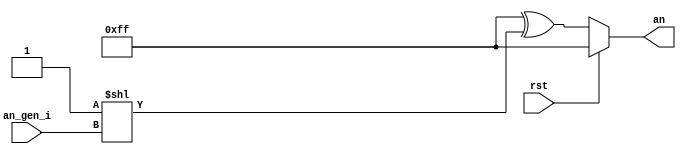
/**
 * @Author: German Cano Quiveu <germancq>
 * @Date:   2019-03-01T14:05:10+01:00
 * @Email:  germancq@dte.us.es
 * @Filename: an_gen.v
 * @Last modified by:   germancq
 * @Last modified time: 2019-03-01T17:24:48+01:00
 */
module an_gen(
  input rst,
  input [2:0] an_gen_i,
  output reg [7:0] an
  );


always @ ( * )
begin
  an = 8'hFF;
  if(~rst)
    begin
      //an[an_gen_i] = 0;
      an = 8'hFF ^ (1'b1<<an_gen_i);
    end
end


endmodule